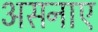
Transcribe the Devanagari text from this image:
असनाए